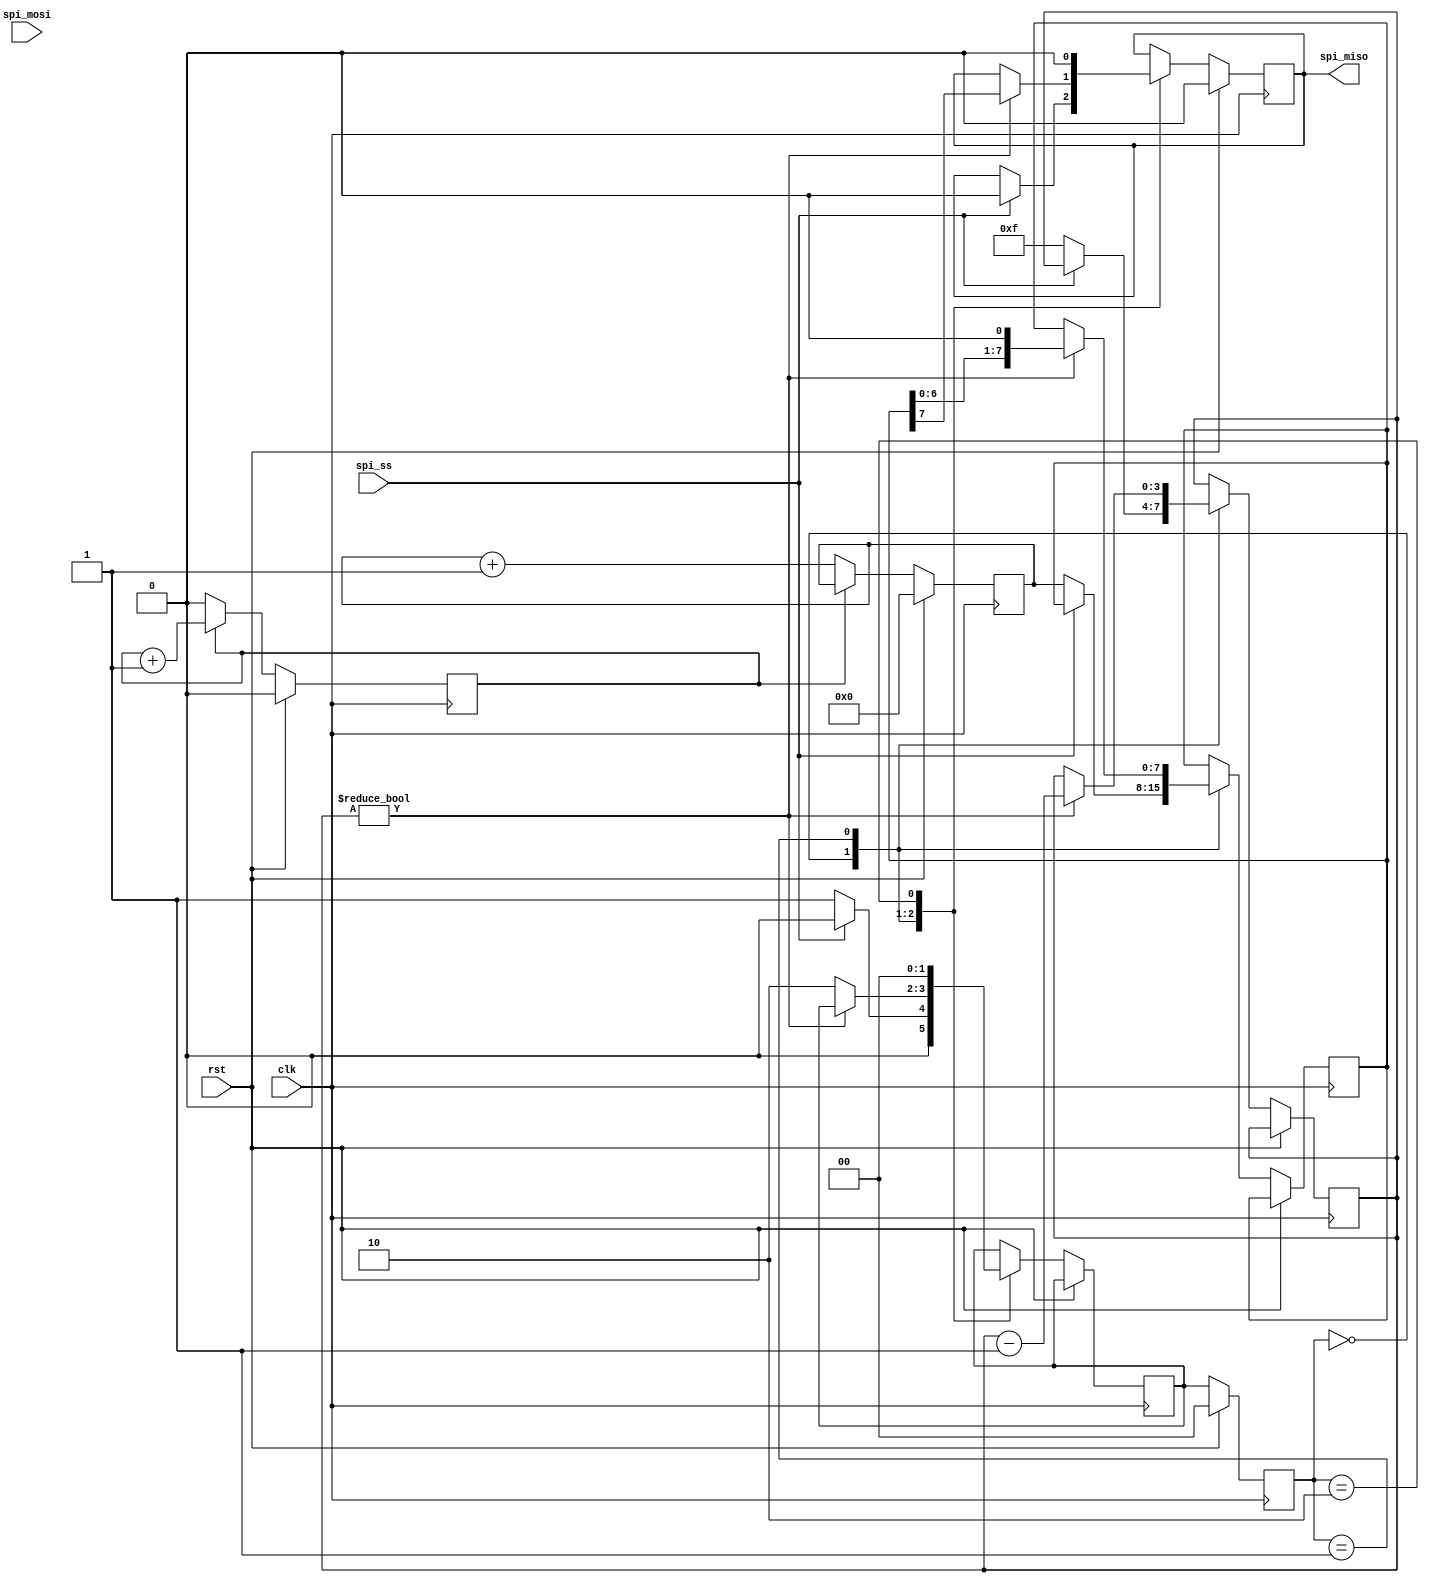
module spi_master(
    input wire clk,
    input wire rst,
    input wire spi_ss,
    input wire spi_mosi,
    output reg spi_miso
);

// State Machine
parameter IDLE = 2'b00;
parameter SEND = 2'b01;
parameter RECEIVE = 2'b10;

reg [1:0] state, next_state;

// Data registers
reg [7:0] tx_data;
reg [7:0] rx_data;

// Control signals
reg csb;
reg sclk;

// Shift register
reg [7:0] shift_reg;
reg [3:0] bit_counter;

// Clock divider
reg clk_div;
parameter DIVIDER_VAL = 4'b0000;

always @ (posedge clk) begin
    if(rst) begin
        state <= IDLE;
        csb <= 1'b1;
        sclk <= 1'b0;
        spi_miso <= 1'b0;
    end else begin
        state <= next_state;
        case(state)
            IDLE: begin
                if(spi_ss == 1'b0) begin
                    next_state <= SEND;
                    csb <= 1'b0;
                    sclk <= 1'b0;
                    shift_reg <= tx_data;
                    bit_counter <= 4'b1111;
                end else begin
                    next_state <= IDLE;
                    csb <= 1'b1;
                    sclk <= 1'b0;
                    spi_miso <= 1'b0;
                end
            end
            SEND: begin
                if(bit_counter != 4'b0000) begin
                    sclk <= ~sclk;
                    spi_miso <= shift_reg[7];
                    shift_reg <= {shift_reg[6:0], 1'b0};
                    bit_counter <= bit_counter - 1;
                end else begin
                    next_state <= RECEIVE;
                end
            end
            RECEIVE: begin
                sclk <= ~sclk;
                spi_miso <= 1'b0;
                next_state <= IDLE;
            end
        endcase
    end
end

// Clock Divider
always @ (posedge clk) begin
    if(rst) begin
        clk_div <= 0;
    end else begin
        if(clk_div == DIVIDER_VAL) begin
            clk_div <= 0;
        end else begin
            clk_div <= clk_div + 1;
        end
    end
end

// Data registers
always @ (posedge clk) begin
    if(rst) begin
        tx_data <= 8'b0;
    end else begin
        if(clk_div == DIVIDER_VAL) begin
            tx_data <= tx_data + 1;
        end
    end
end

endmodule